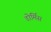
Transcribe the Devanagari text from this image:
डोर्मिस